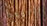
الدوقة